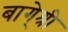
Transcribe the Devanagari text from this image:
बागे्श्री